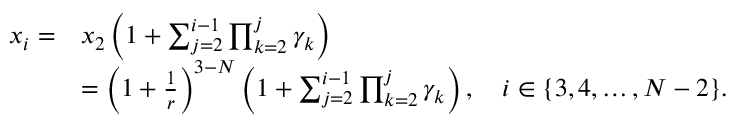
\begin{array} { r l } { x _ { i } = } & { x _ { 2 } \left( 1 + \sum _ { j = 2 } ^ { i - 1 } \prod _ { k = 2 } ^ { j } \gamma _ { k } \right) } \\ & { = \left( 1 + \frac { 1 } { r } \right) ^ { 3 - N } \left( 1 + \sum _ { j = 2 } ^ { i - 1 } \prod _ { k = 2 } ^ { j } \gamma _ { k } \right) , \quad i \in \{ 3 , 4 , \ldots , N - 2 \} . } \end{array}